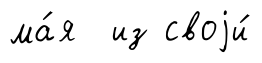
ма́я из своjи́